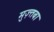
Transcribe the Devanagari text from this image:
मुज़्तबा